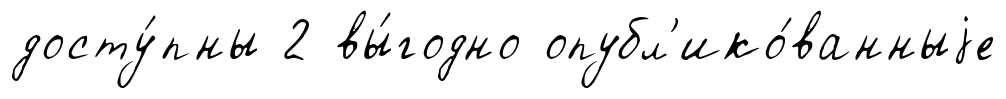
досту́пны 2 вы́годно опубл'ико́ванныjе